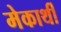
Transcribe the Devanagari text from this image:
मेकार्थी